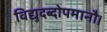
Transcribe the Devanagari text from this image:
विद्युदब्दोपमानौ।